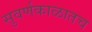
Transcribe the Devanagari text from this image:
सुवर्णकाळातच